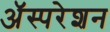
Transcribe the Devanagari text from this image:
अॅस्परेशन